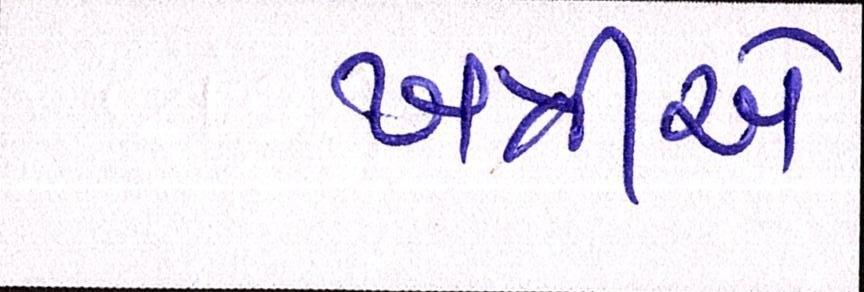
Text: ખત્રીએ